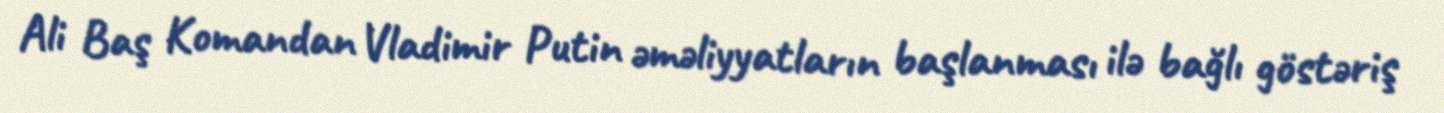
Ali Baş Komandan Vladimir Putin əməliyyatların başlanması ilə bağlı göstəriş